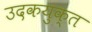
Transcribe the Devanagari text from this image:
उदकयुक्त